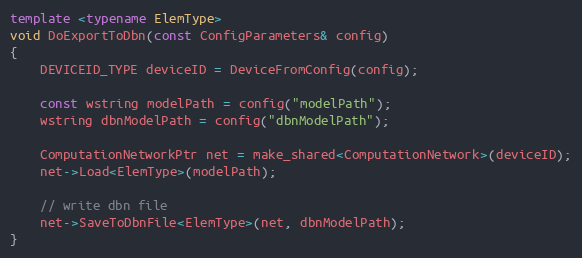
Language: C++
template <typename ElemType>
void DoExportToDbn(const ConfigParameters& config)
{
    DEVICEID_TYPE deviceID = DeviceFromConfig(config);

    const wstring modelPath = config("modelPath");
    wstring dbnModelPath = config("dbnModelPath");

    ComputationNetworkPtr net = make_shared<ComputationNetwork>(deviceID);
    net->Load<ElemType>(modelPath);

    // write dbn file
    net->SaveToDbnFile<ElemType>(net, dbnModelPath);
}